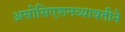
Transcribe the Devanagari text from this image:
असोसिएशनच्यावतीने